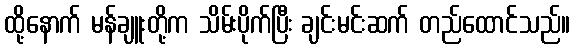
ထို့နောက် မန်ချူးတို့က သိမ်းပိုက်ပြီး ချင်းမင်းဆက် တည်ထောင်သည်။